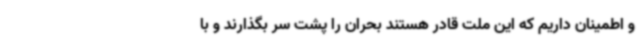
و اطمینان داریم که این ملت قادر هستند بحران را پشت سر بگذارند و با